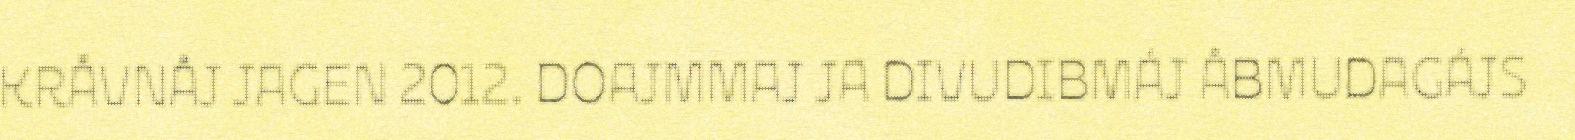
KRÅVNÅJ JAGEN 2012. DOAJMMAJ JA DIVUDIBMÁJ ÅBMUDAGÁJS